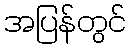
အပြန်တွင်